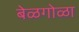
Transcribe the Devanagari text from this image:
बेळगोळा